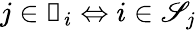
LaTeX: j\in\mathscr{s}_{i}\Leftrightarrow i\in\mathscr{S}_{j}